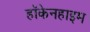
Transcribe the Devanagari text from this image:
हॉकेनहाइम